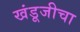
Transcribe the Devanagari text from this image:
खंडूजीचा